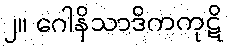
၂။ ဂေါနိသာဒိကကုဋိ